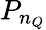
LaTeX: P_{n_{Q}}